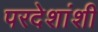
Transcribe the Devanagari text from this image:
परदेशांशी